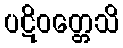
ပဋိဝတ္တေသိ